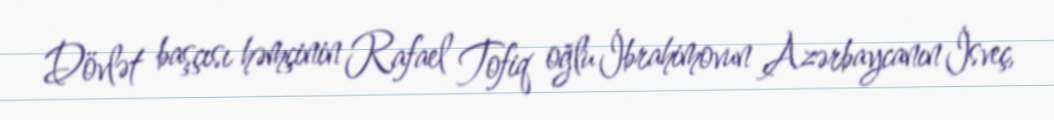
Dövlət başçısı həmçinin Rafael Tofiq oğlu İbrahimovun Azərbaycanın İsveç,